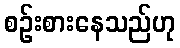
စဉ်းစားနေသည်ဟု